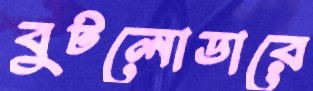
বুটলোডারে